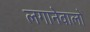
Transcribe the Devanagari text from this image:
लगानेवालों